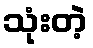
သုံးတဲ့